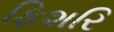
ફિશરિ